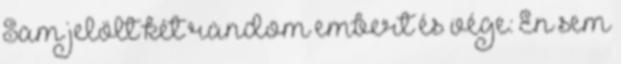
Sam jelölt két random embert és vége: Én sem